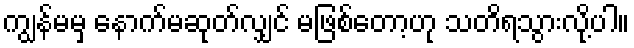
ကျွန်မမှ နောက်မဆုတ်လျှင် မဖြစ်တော့ဟု သတိရသွားလို့ပါ။